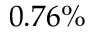
0 . 7 6 \%